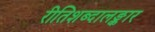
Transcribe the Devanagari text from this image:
रीतिशब्दालङ्कार